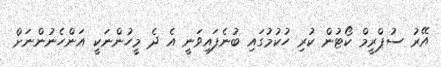
އޭރު ސުޕްރީމް ކޯޓުން ކުރި ހުކުމުގައި ބުނެފައިވަނީ އެ ދެ މީހުންނަކީ އަންހެނުންނަށް